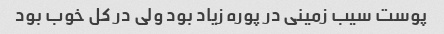
پوست سیب زمینی در پوره زیاد بود ولی در کل خوب بود